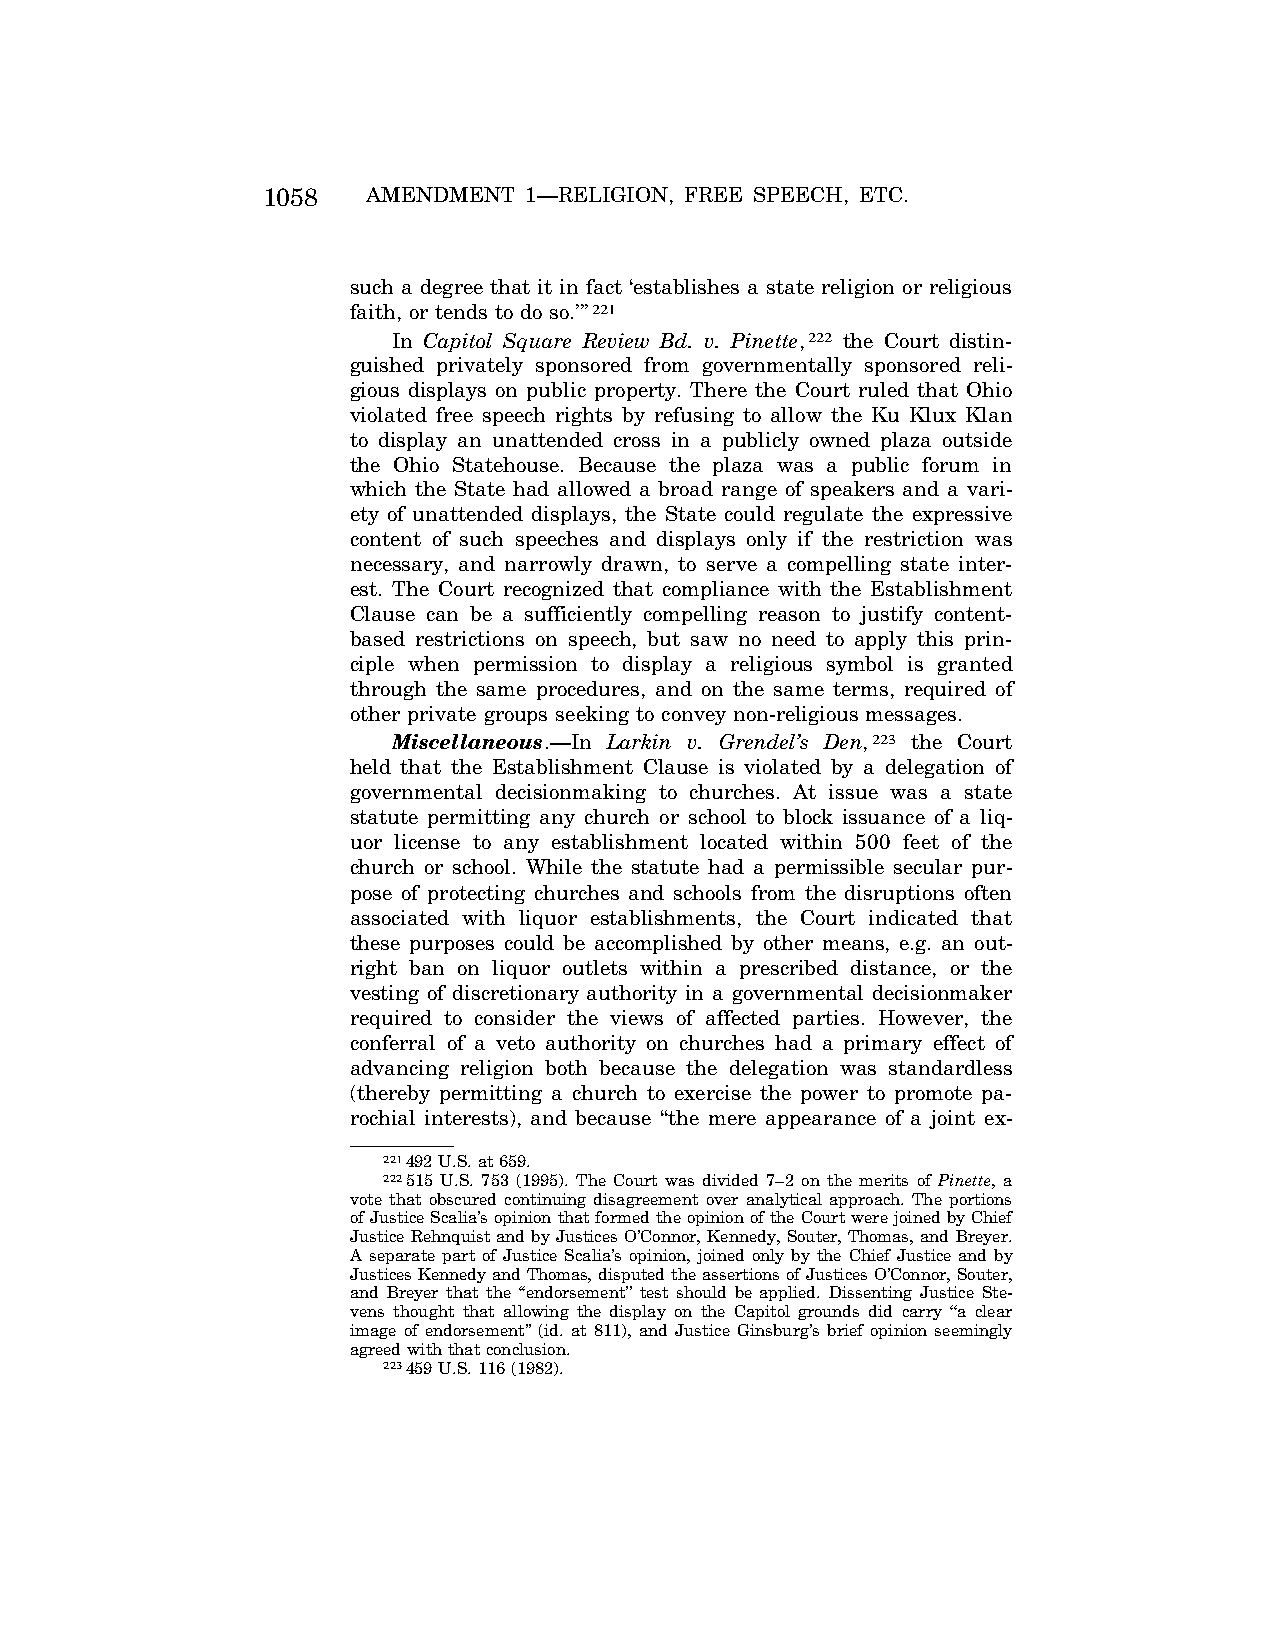
1058   AMENDMENT  1—RELIGION, FREE SPEECH, ETC.
 such a degree that it in fact ‘establishes a state religion or religious
 faith, or tends to do so.’’’221
 In Capitol Square Review Bd. v. Pinette,222 the Court distin-
 guished privately sponsored from governmentally sponsored reli-
 gious displays on public property. There the Court ruled that Ohio
 violated free speech rights by refusing to allow the Ku Klux Klan
 to display an unattended cross in a publicly owned plaza outside
 the Ohio Statehouse. Because the plaza was a public forum in
 which the State had allowed a broad range of speakers and a vari-
 ety of unattended displays, the State could regulate the expressive
 content of such speeches and displays only if the restriction was
 necessary, and narrowly drawn, to serve a compelling state inter-
 est. The Court recognized that compliance with the Establishment
 Clause can be a sufficiently compelling reason to justify content-
 based restrictions on speech, but saw no need to apply this prin-
 ciple when permission to display a religious symbol is granted
 through the same procedures, and on the same terms, required of
 other private groups seeking to convey non-religious messages.
 Miscellaneous.—In Larkin v. Grendel’s Den,223 the Court
 held that the Establishment Clause is violated by a delegation of
 governmental decisionmaking to churches. At issue was a state
 statute permitting any church or school to block issuance of a liq-
 uor license to any establishment located within 500 feet of the
 church or school. While the statute had a permissible secular pur-
 pose of protecting churches and schools from the disruptions often
 associated with liquor establishments, the Court indicated that
 these purposes could be accomplished by other means, e.g. an out-
 right ban on liquor outlets within a prescribed distance, or the
 vesting of discretionary authority in a governmental decisionmaker
 required to consider the views of affected parties. However, the
 conferral of a veto authority on churches had a primary effect of
 advancing religion both because the delegation was standardless
 (thereby permitting a church to exercise the power to promote pa-
 rochial interests), and because ‘‘the mere appearance of a joint ex-
 221492 U.S. at 659.
 222515 U.S. 753 (1995). The Court was divided 7–2 on the merits of Pinette, a
 vote that obscured continuing disagreement over analytical approach. The portions
 of Justice Scalia’s opinion that formed the opinion of the Court were joined by Chief
 Justice Rehnquist and by Justices O’Connor, Kennedy, Souter, Thomas, and Breyer.
 A separate part of Justice Scalia’s opinion, joined only by the Chief Justice and by
 Justices Kennedy and Thomas, disputed the assertions of Justices O’Connor, Souter,
 and Breyer that the ‘‘endorsement’’ test should be applied. Dissenting Justice Ste-
 vens thought that allowing the display on the Capitol grounds did carry ‘‘a clear
 image of endorsement’’ (id. at 811), and Justice Ginsburg’s brief opinion seemingly
 agreed with that conclusion.
 223459 U.S. 116 (1982).
 VerDate Apr<15>2004 08:57 Jun 25, 2004 Jkt 077500 PO 00000 Frm 00046 Fmt 8222 Sfmt 8222 C:\CONAN\CON024.SGM PRFM99 PsN: CON024